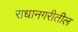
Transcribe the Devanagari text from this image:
राधानगरीतील